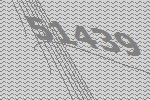
51439